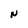
Character: N